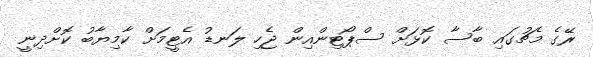
ރޭގެ މެޗުގައި ބާސާ ކޮޅަށް ސްޕޯޓިންއިން ޖެހި ލަނޑު އެޓީމަށް ކާމިޔާބު ކޮށްދިނީ